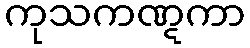
ကုသကဏ္ဋကာ